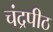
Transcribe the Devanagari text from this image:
चंद्रपीठ